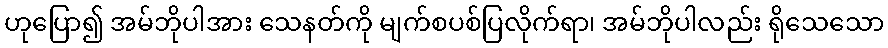
ဟုပြော၍ အမ်ဘိုပါအား သေနတ်ကို မျက်စပစ်ပြလိုက်ရာ၊ အမ်ဘိုပါလည်း ရိုသေသော